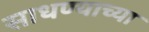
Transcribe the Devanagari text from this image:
साधण्याच्या